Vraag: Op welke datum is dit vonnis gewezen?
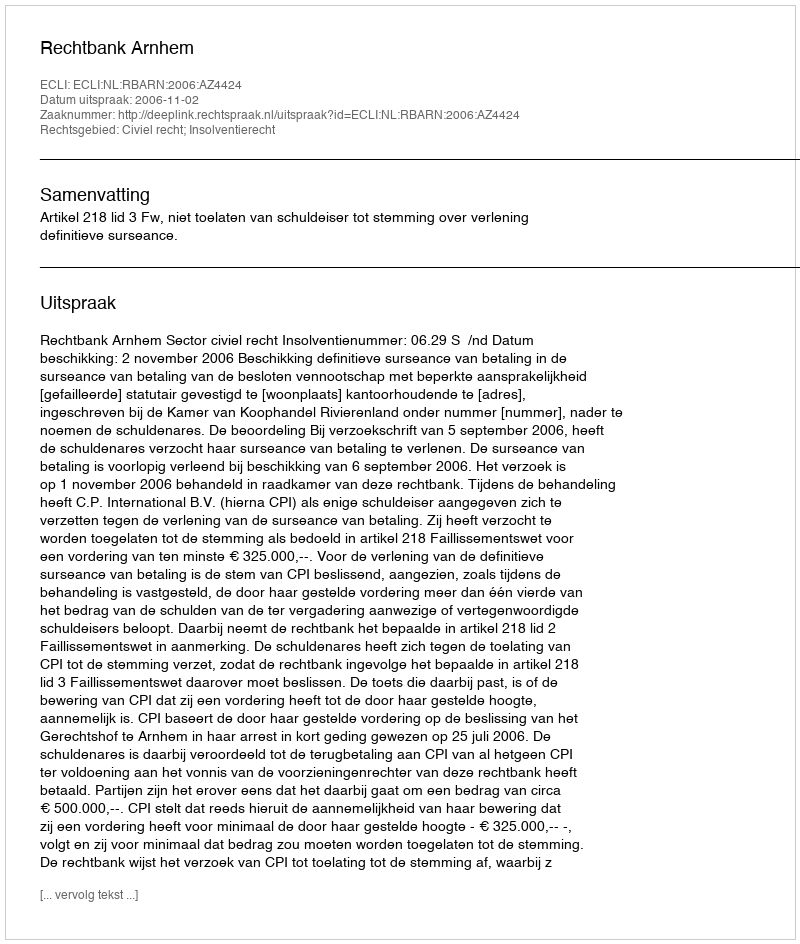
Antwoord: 2006-11-02